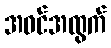
အဝင်အထွက်